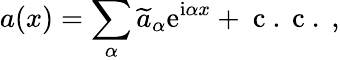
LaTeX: a(x)=\sum_{\alpha}\widetilde{a}_{\alpha}\mathrm{e}^{\mathrm{i}\alpha x}+\mathrm{~c~.~c~.~},